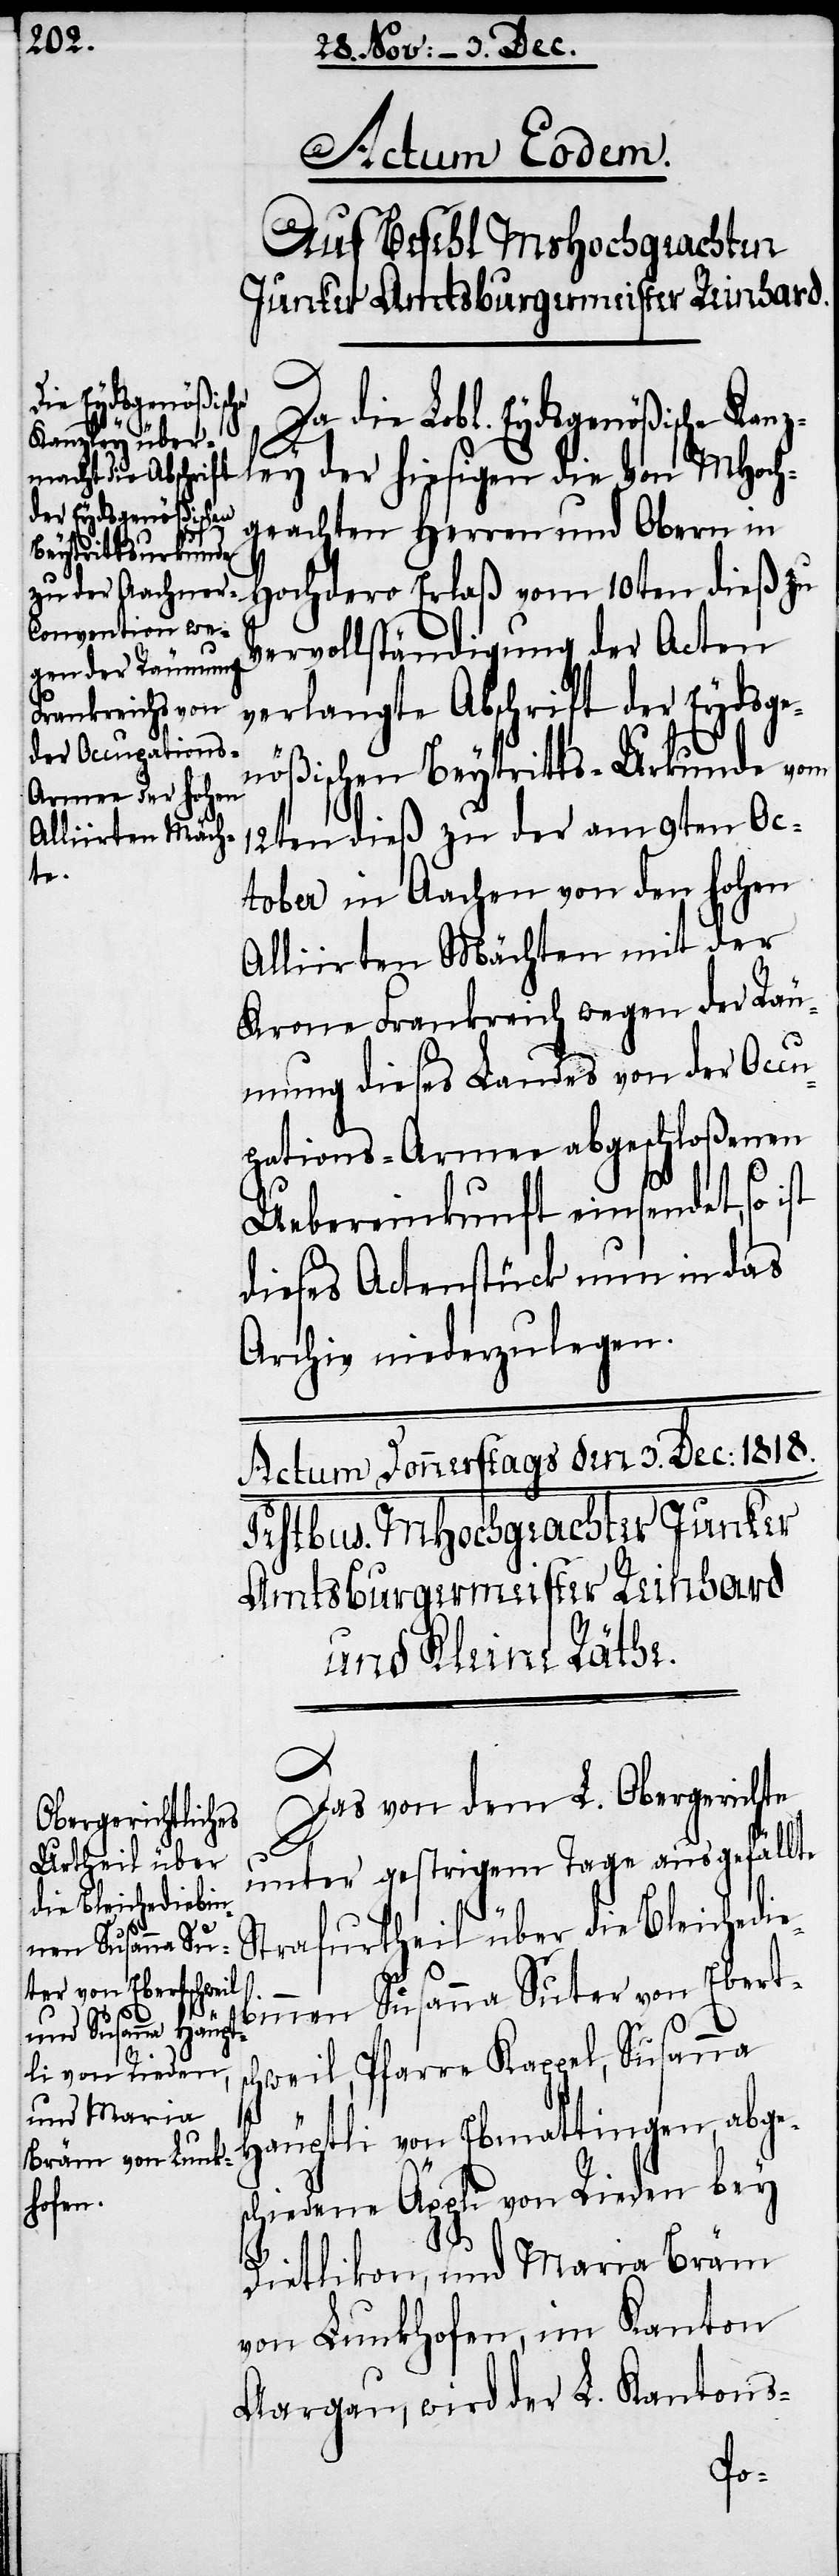
Actum Eodem.
Auf Befehl MsHochgeachten
Junker Amtsburgermeister Reinhard.
hiesigen die
Da die Lobl. Eydsgenößische Kanz¬
hgeachten Herren und Obern in
Hochdero Erlaß vom 10ten dieß zu
Vervollständigung der Acten
verlangte Abschrift der Eydsge¬
nößischen Beytritts-Urkunde vom
12ten dieß zu der am 9ten Oc¬
ley
tober in Aachen von den hohen
Alliirten Mächten mit der
Krone Frankreich wegen der Räu¬
mung dieses Landes von der Occ¬
upations-Armee abgeschloßenen
Uebereinkunft einsendet, so ist
dieses Actenstück nun in das
Archiv niederzulegen.
Das von dem L. Obergerichte
unter gestrigem Tage ausgefällte
Strafurtheil über die Bleichedieb¬
innen Susanna Suter von Eberts¬
chweil, Pfarre Kappel, Susanna
Häuptli von Ebmattingen, abge¬
schiedene Äppli von Rieden bey
Dietlikon, und Maria Bräm
von Lunkhofen, im Kanton
Aargau, wird der L. Kantons-
MHoc¬